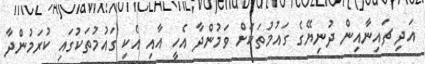
އަދި ޗައިނާއިން ދުނިޔޭގެ ގައުމުތަކަށް ވަމުންދާ އެހީ އާއި އެކި ގައުމުތަކުގައި ކުރަމުންދާ